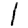
Digit: 1